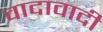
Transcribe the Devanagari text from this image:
वादावादी